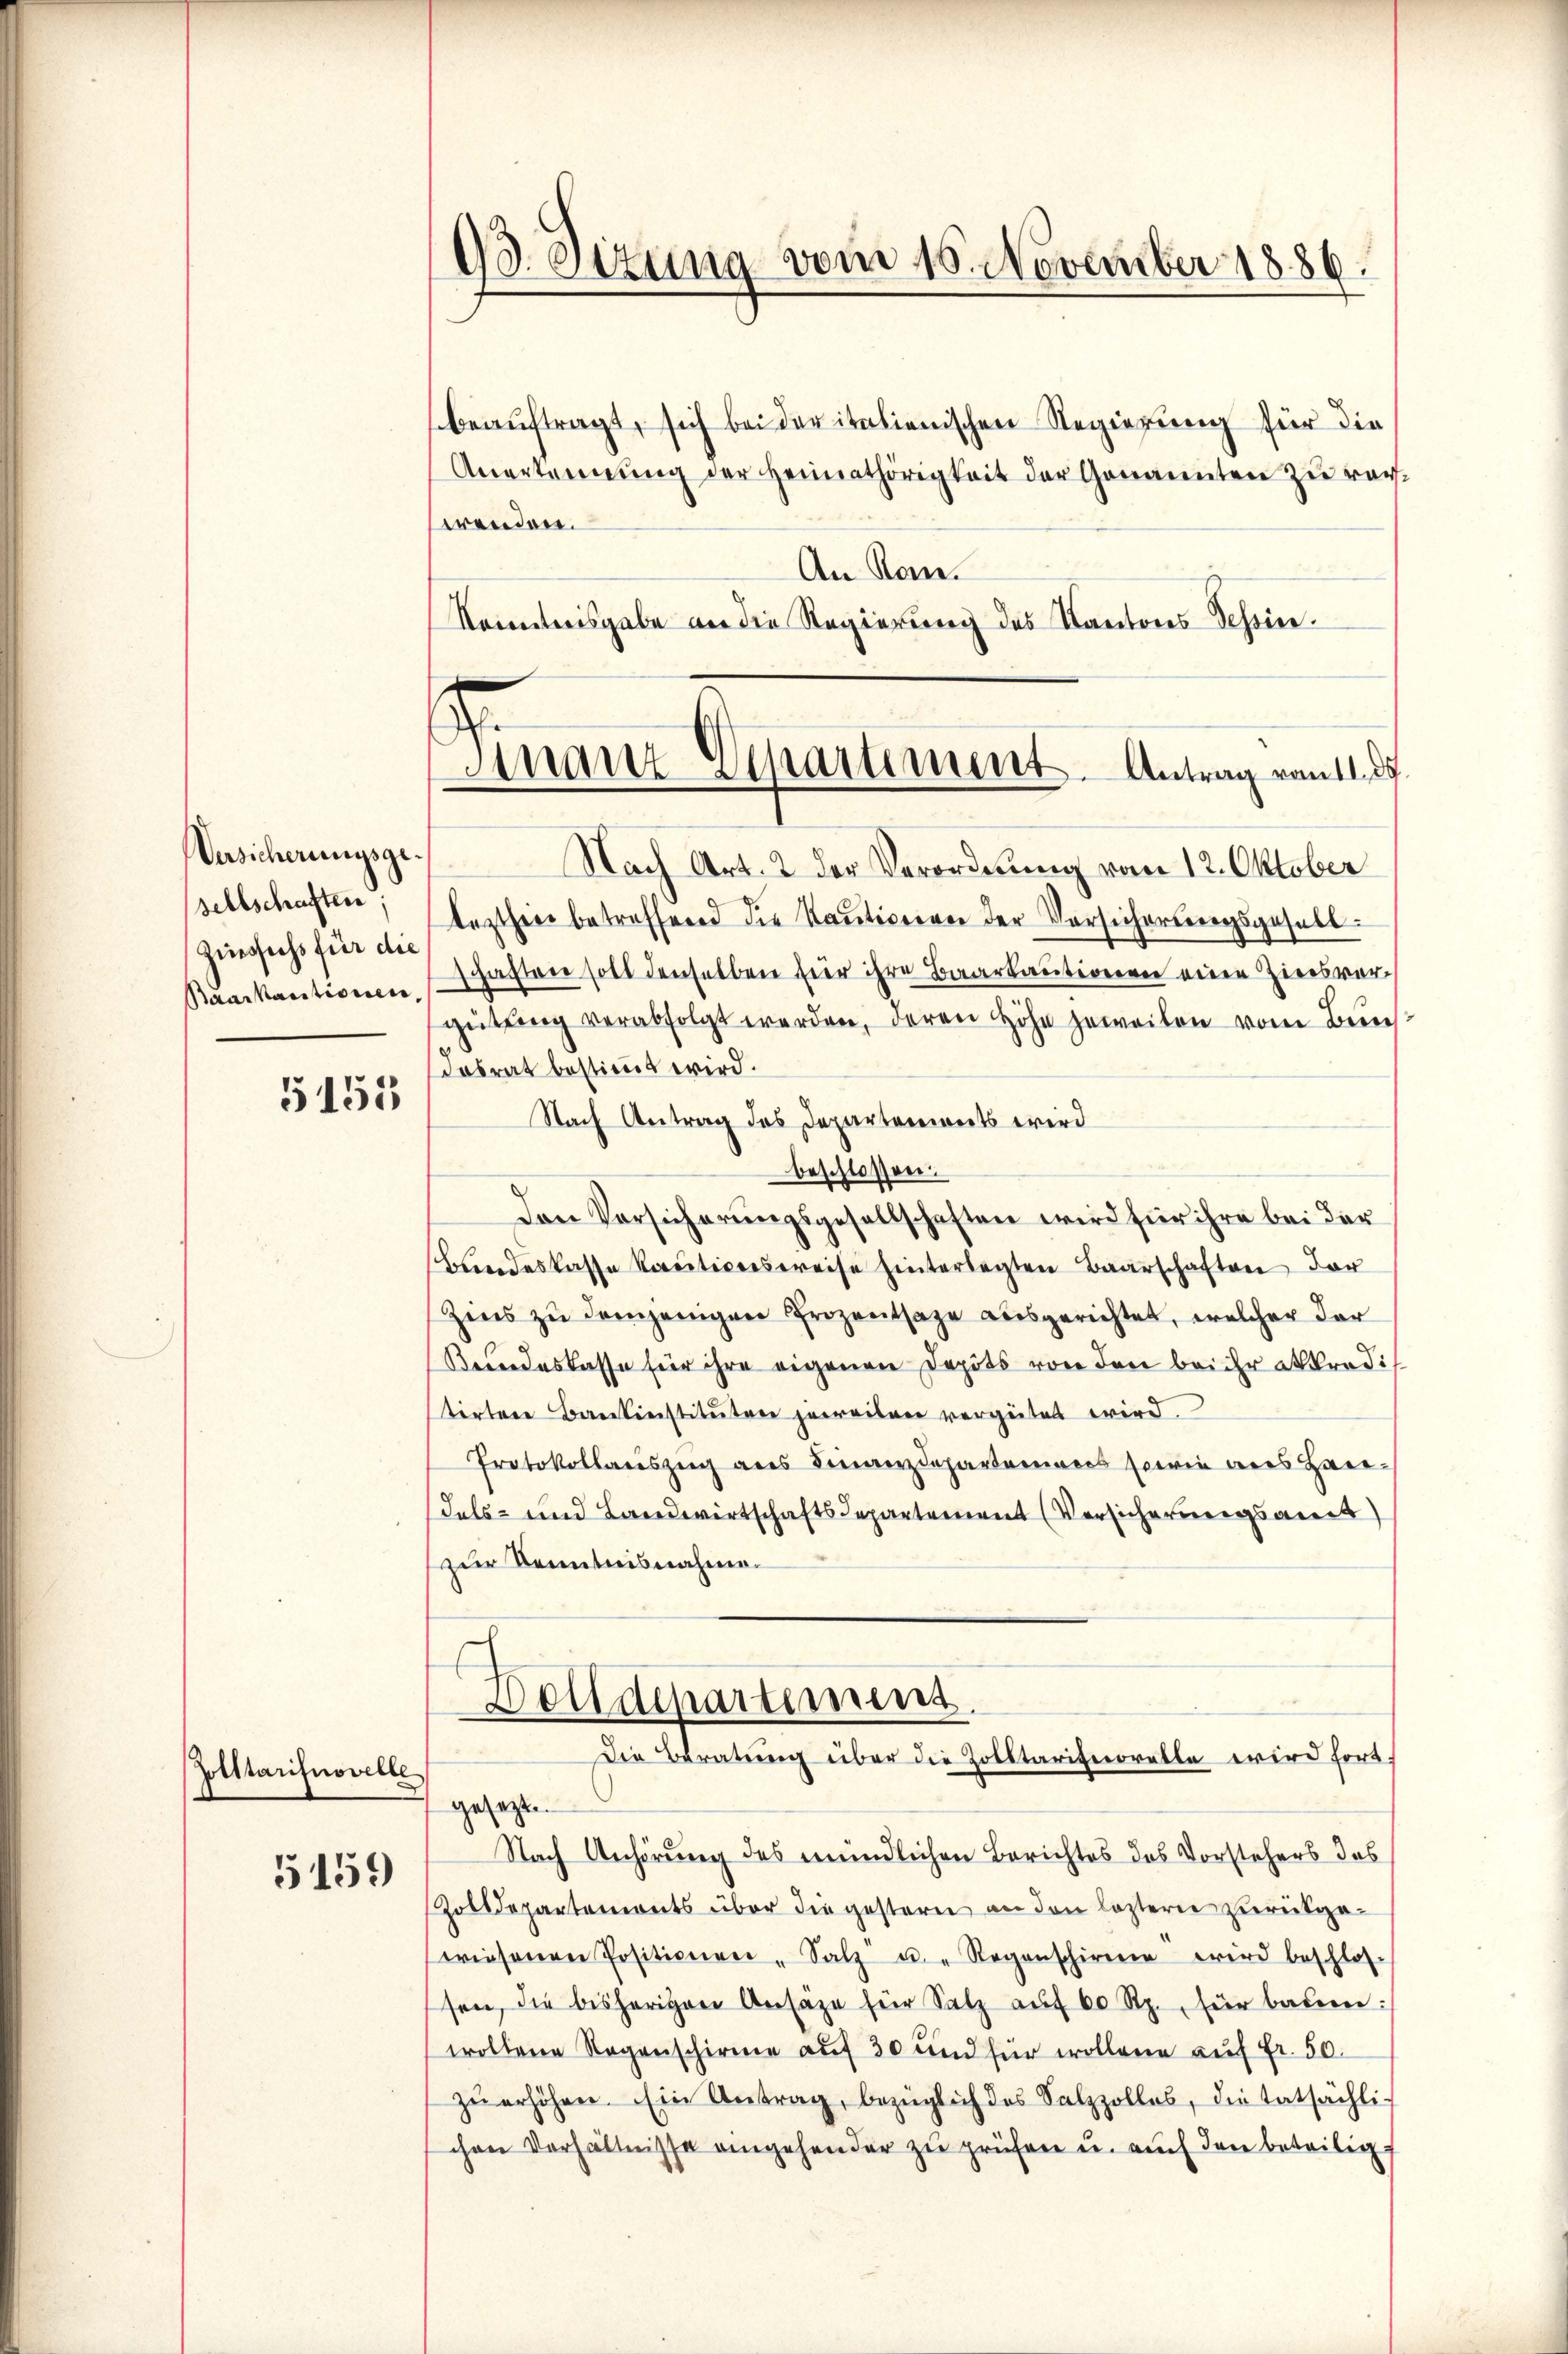
Versicherungsgesellschaften;
Zinsfuss für die

5155

5159

93. Sizung vom 10. November 1886.

Zolltarifnovelle

beauftragt, sich bei der italienischen Regierung für die
Anerkennung der Heimathörigkeit der Genannten zu verwenden.
An Ran.
Kenntnisgabe an die Regierung des Kantons Schine.

Anartz Apartiment. Antrag vom 11. 85.

Nach Art. 2 der Verordnung vom 12. Oktober
lezthin betreffend die Kautionien der Vorsichertragsgesell
Raackautionenschaften soll denselben für ihre Baarkautionen eine Ziersvergütŭng verabfolgt werden, deren Höhe jeweilen vom Buchdesrat bestimmt wird.
Nach Antrag des Departenwerts wird
beschlossen.
Den Vorsicherungsgesellschaften wird für ihre bei der
Brindeskasse Raŭtionsereise hinterlegten Baarschaften der
Zins zu demjenigen Prozentsage ausgerichtet, welcher der
Keindeskasse für ihre eigenen Depots von den bei ihr abkredit
tirten Bankinstituten jeweilen vergütet wird.
Protokollauszug aus Finanzdepartances sowie deres Han¬
Fals- und Landwirtschaftsdepartement (Versicherungsant
(zur Kenntnisnahme.
s

Dolldepartemens.
Die Beratung über die Zolltarituorelle wird fort.
gesezten
Nach Anhörung des mündlichen Berichtes des Vorstehers des

Zolldepartemonts über die gestern an den leztern zurückgewiesenen Positionen - Salz u. Regenschirme wird beschlos-
sen, die bisherigen Ansäze für Salz auf 60 Rp. für baden:
woltene Regenschirme auf 30 und für wollene auf Fr. 50.
zŭ erhöhen. Ein Antrag, bezüglich des Salzzolles, die tatsächli-
chen Verhältnisse eingehender zu prüfen u. auch den beteilig